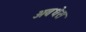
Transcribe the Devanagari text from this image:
अवधेस